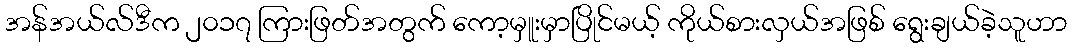
အန်အယ်လ်ဒီက ၂၀၁၇ ကြားဖြတ်အတွက် ကော့မှူးမှာပြိုင်မယ့် ကိုယ်စားလှယ်အဖြစ် ရွေးချယ်ခဲ့သူဟာ